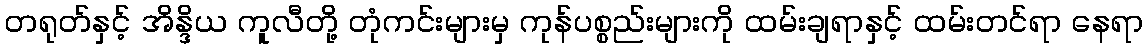
တရုတ်နှင့် အိန္ဒိယ ကူလီတို့ တုံကင်းများမှ ကုန်ပစ္စည်းများကို ထမ်းချရာနှင့် ထမ်းတင်ရာ နေရာ